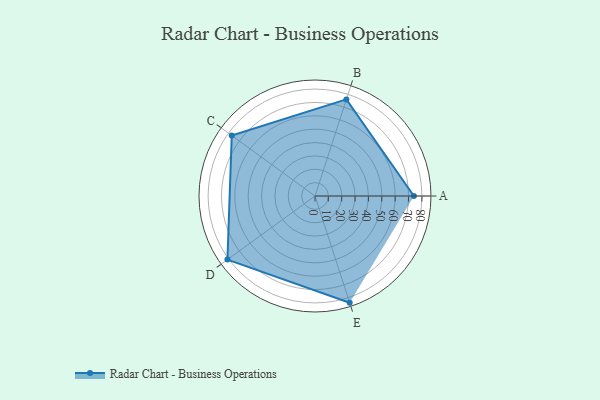
{"axis": {"x": "Skill", "y": "Score"}, "legend": ["Profile"], "data": [{"x": "A", "y": 74.0, "type": "Profile"}, {"x": "B", "y": 76.0, "type": "Profile"}, {"x": "C", "y": 77.0, "type": "Profile"}, {"x": "D", "y": 81.0, "type": "Profile"}, {"x": "E", "y": 84.0, "type": "Profile"}]}